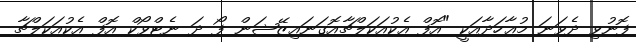
ފޮނުވި ދެވަނަ މުޢާހަދާއަކީ "އޮފް އެކުއަކަލްޗާއޮގަނައިޒޭޝަން ފޯ ދަ ނެޓްވޯކް އޮފް އެކުއަކަލްޗާ